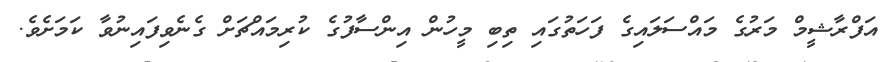
އަފްރާޝީމް މަރުގެ މައްސަލައިގެ ފަހަތުގައި ތިބި މީހުން އިންސާފުގެ ކުރިމައްޗަށް ގެނެވިފައިނުވާ ކަމަށެވެ.